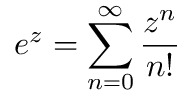
e ^ { z } = \sum _ { n = 0 } ^ { \infty } \frac { z ^ { n } } { n ! }